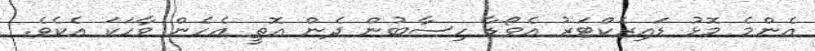
އެންމެ މޮޅު ޑައިރެކްޓަރު އެވޯޑާ ހިސާބުން ދެން އޮތީ އެހެން ވާހަކަ އެކެވެ.